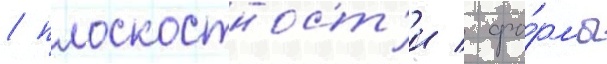
/ плоскостност'и / фо́рмы